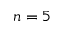
n = 5